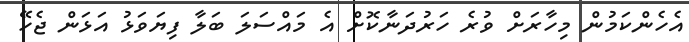
އެހެންކަމުން މިހާރަށް ވުރެ ހަރުދަނާކޮށް އެ މައްސަލަ ބަލާ ފިޔަވަޅު އަޅަން ޖެހޭ